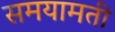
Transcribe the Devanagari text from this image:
समयामती